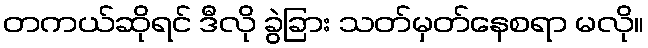
တကယ်ဆိုရင် ဒီလို ခွဲခြား သတ်မှတ်နေစရာ မလို။